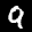
Label: 9